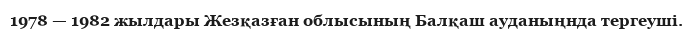
1978 — 1982 жылдары Жезқазған облысының Балқаш ауданыңнда тергеуші.